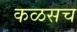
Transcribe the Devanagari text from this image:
कळसच